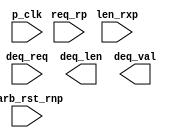
module req (p_clk, carb_rst_rnp, req_rp, len_rxp, deq_req, deq_len, deq_val);
   input p_clk; 
   input carb_rst_rnp; 
   input [4:0] len_rxp; 
   input       req_rp; 
   input       deq_req; 
   output [4:0] deq_len; 
   output 	deq_val; 
   reg [5:0] 	fifo_entry1_rp;
   reg [5:0] 	fifo_entry2_rp;
   reg [4:0] 	deq_len; 
   reg 		deq_val;
endmodule